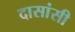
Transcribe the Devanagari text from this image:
दासांसी